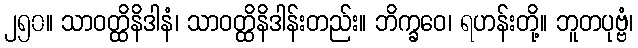
၂၅၀။ သာဝတ္ထိနိဒါနံ၊ သာဝတ္ထိနိဒါန်းတည်း။ ဘိက္ခဝေ၊ ရဟန်းတို့။ ဘူတပုဗ္ဗံ၊